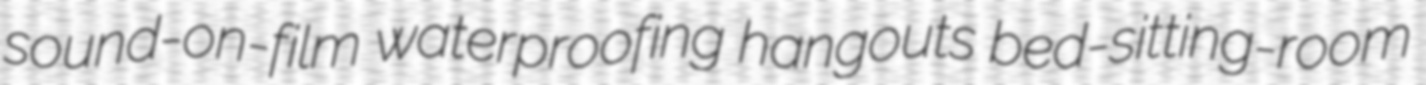
sound-on-film waterproofing hangouts bed-sitting-room